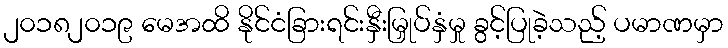
၂၀၁၈၂၀၁၉ မေအထိ နိုင်ငံခြားရင်းနှီးမြှုပ်နှံမှု ခွင့်ပြုခဲ့သည့် ပမာဏမှာ